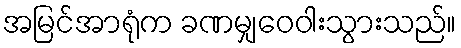
အမြင်အာရုံက ခဏမျှဝေဝါးသွားသည်။